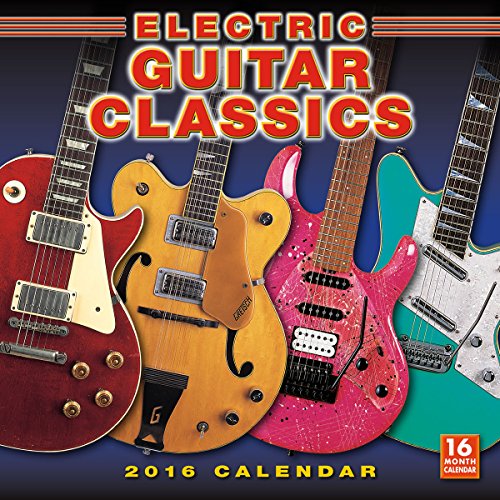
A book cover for Electric Guitar Classics 2016 Wall Calendar; Jawbone Press; Calendars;